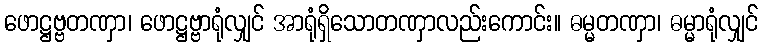
ဖောဋ္ဌဗ္ဗတဏှာ၊ ဖောဋ္ဌဗ္ဗာရုံလျှင် အာရုံရှိသောတဏှာလည်းကောင်း။ ဓမ္မတဏှာ၊ ဓမ္မာရုံလျှင်